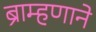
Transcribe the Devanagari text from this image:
ब्राम्हणाने